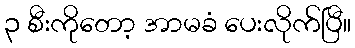
၃ စီးကိုတော့ အာမခံ ပေးလိုက်ပြီ။